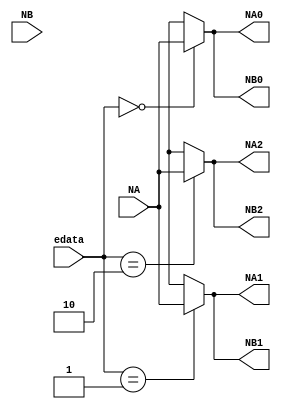
module demux (
    input  [36:0] NA,
    input  [36:0] NB,
    input  [ 1:0] edata,
    output [36:0] NA0,
    output [36:0] NB0,
    output [36:0] NA1,
    output [36:0] NB1,
    output [36:0] NA2,
    output [36:0] NB2
);

  assign NA0 = (edata == 2'b00) ? NA : 37'bx;
  assign NB0 = (edata == 2'b00) ? NA : 37'bx;
  assign NA1 = (edata == 2'b01) ? NA : 37'bx;
  assign NB1 = (edata == 2'b01) ? NA : 37'bx;
  assign NA2 = (edata == 2'b10) ? NA : 37'bx;
  assign NB2 = (edata == 2'b10) ? NA : 37'bx;

endmodule